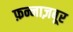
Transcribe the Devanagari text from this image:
फ़न्नाज़बूर